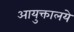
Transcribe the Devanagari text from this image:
आयुक्तालये